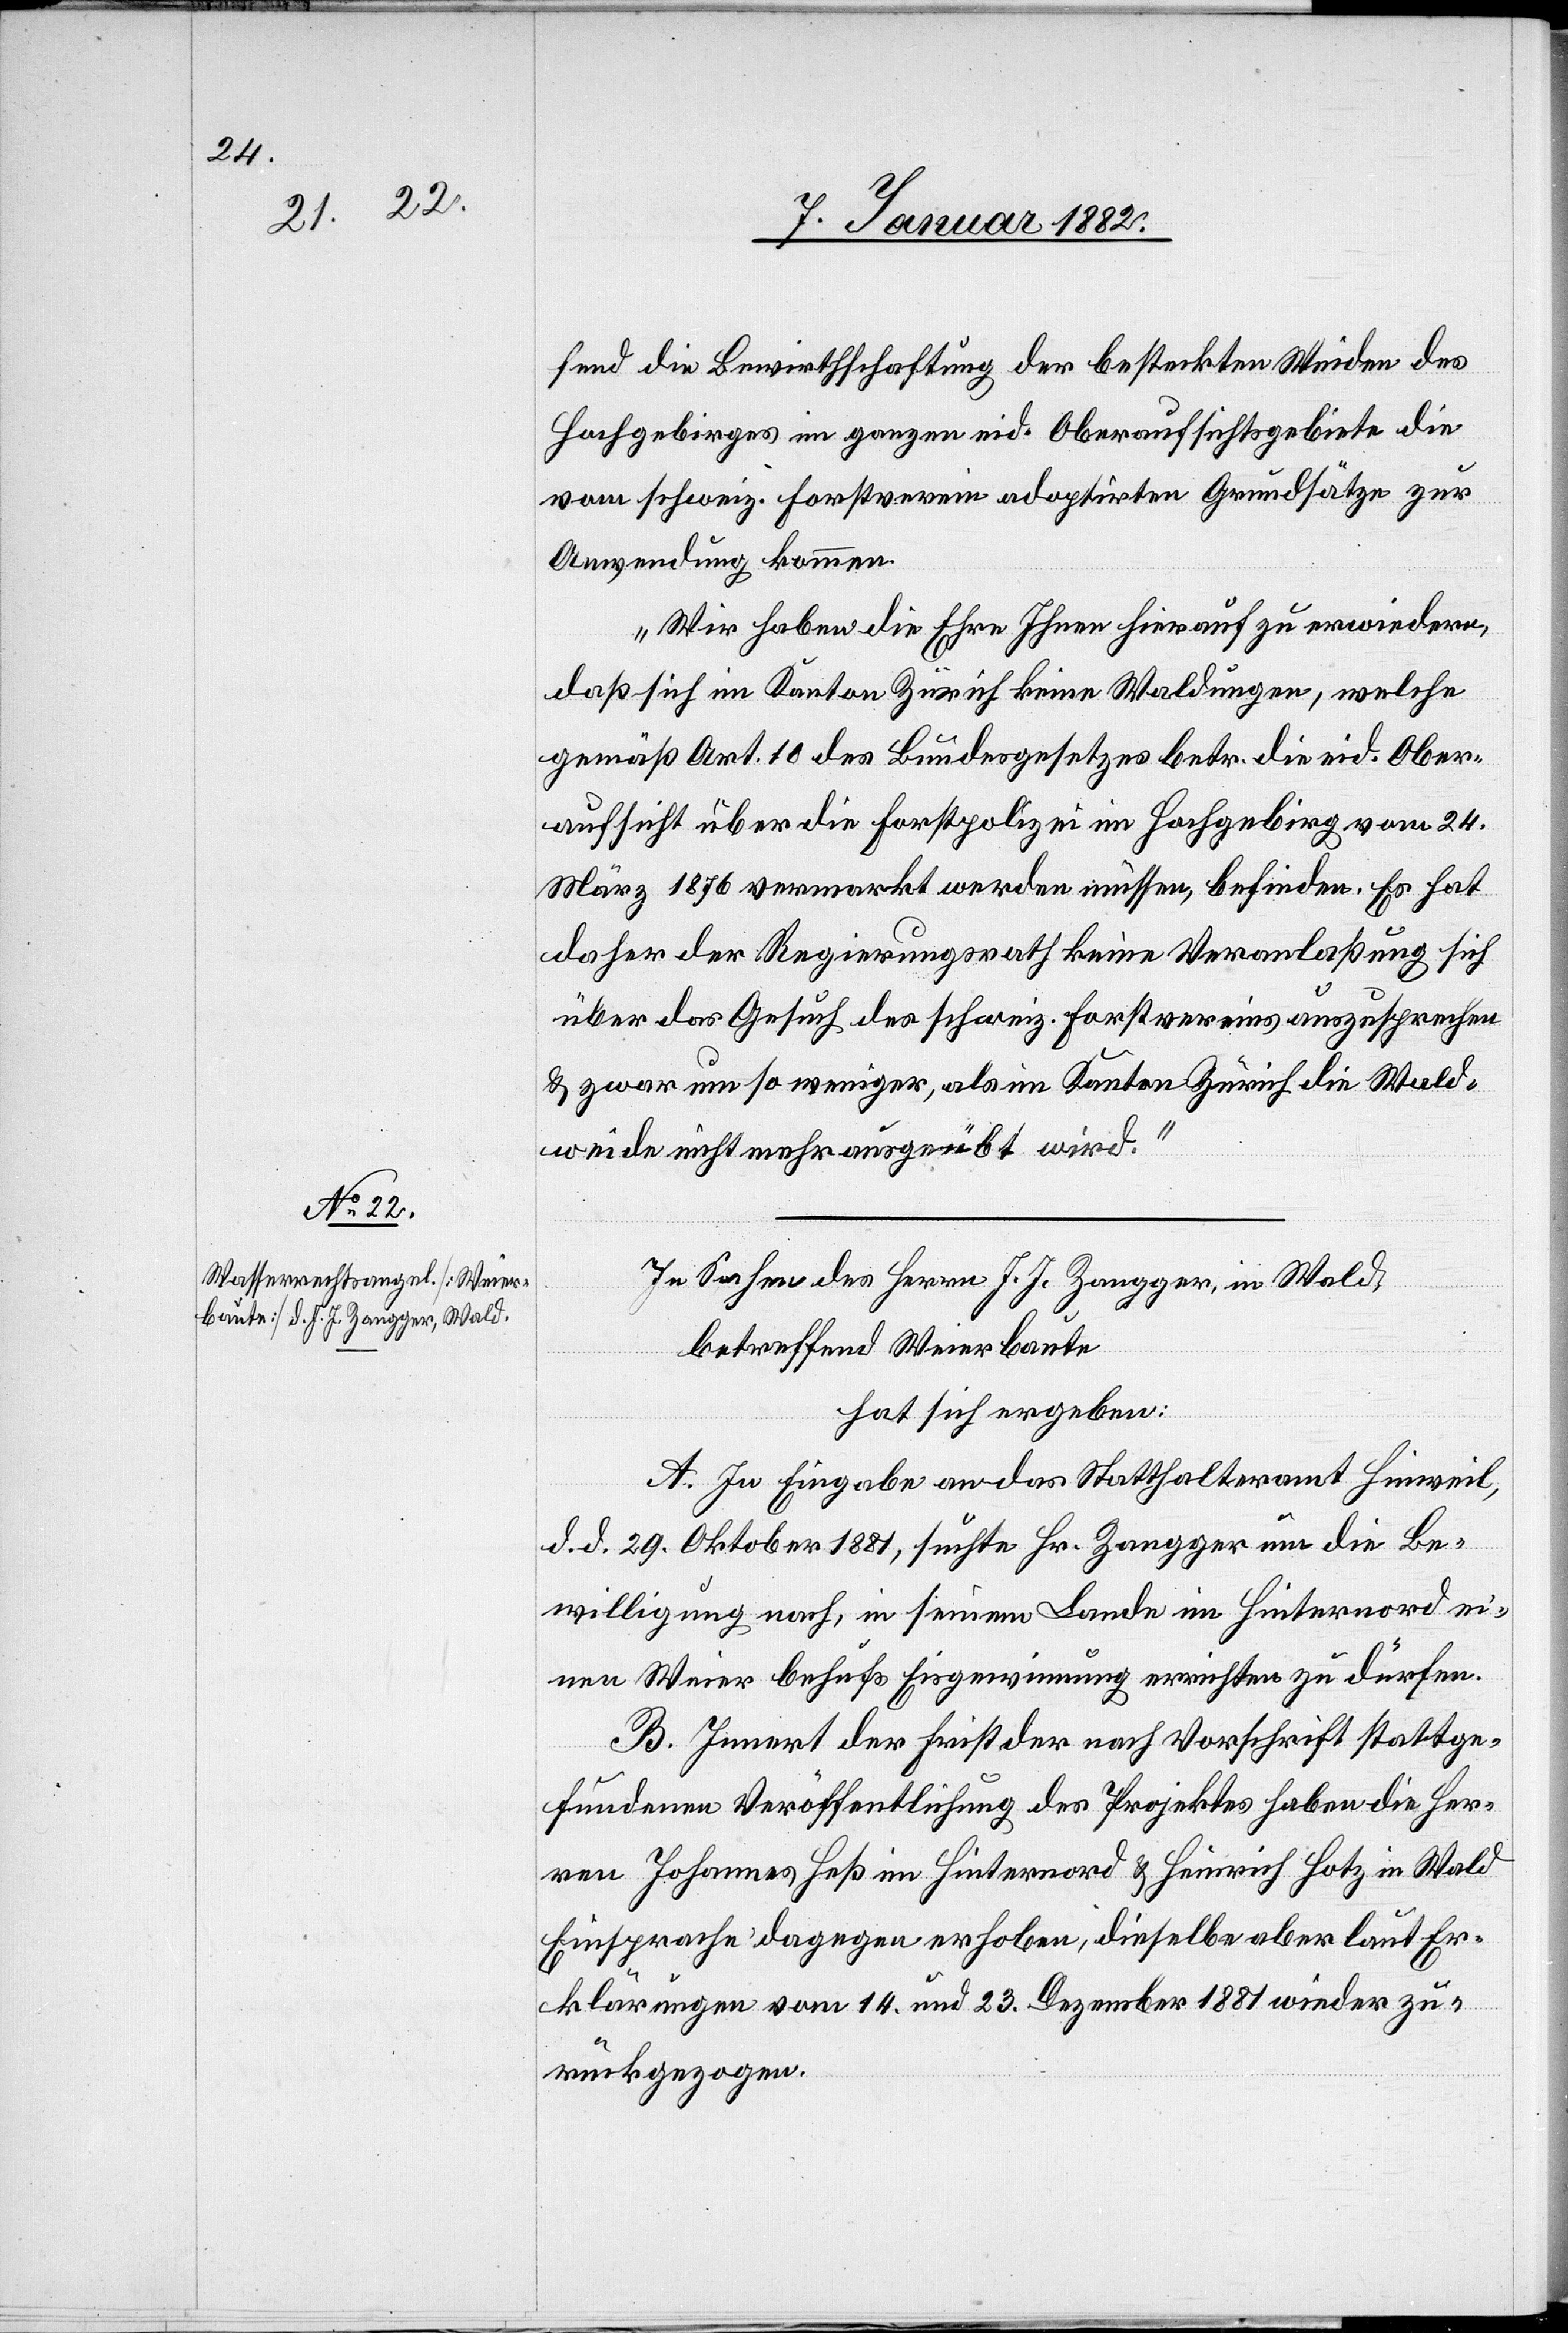
fend die Bewirthschaftung der besteckten Weiden des
Hochgebirges im ganzen eid. Oberaufsichtsgebiete die
vom schweiz. Forstverein adoptierten Grundsätze zur
Anwendung kommen.
Wir haben die Ehre Ihnen hierauf zu erwiedern,
daß sich im Kanton Zürich keine Waldungen, welche
gemäß Art. 10 des Bundesgesetzes betr. die eid. Ober¬
aufsicht über die Forstpolizei im Hochgebirg vom 24.
März 1876 vermarkt werden müssen, befinden. Es hat
daher der Regierungsrath keine Veranlaßung sich
über das Gesuch des schweiz. Forstvereins auszusprechen
& zwar um so weniger, als im Kanton Zürich die Wald¬
weide nicht mehr ausgeübt wird.“
In Sachen des Herrn J. J. Zangger, in Wald,
betreffend Weierbaute,
hat sich ergeben:
A. In Eingabe an das Statthalteramt Hinweil,
d. d. 29. Oktober 1881, suchte Hr. Zangger um die Be¬
willigung nach, in seinem Lande im Hinternord ei¬
nen Weier behufs Eisgewinnung errichten zu dürfen.
B. Innert der Frist der nach Vorschrift stattge¬
fundenen Veröffentlichung des Projektes haben die Her¬
ren Johannes Heß im Hinternord & Heinrich Hotz in Wald
Einsprache dagegen erhoben, dieselbe aber laut Er¬
klärungen vom 14. und 23. Dezember 1881 wieder zu¬
rückgezogen.